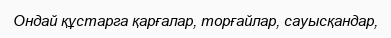
Ондай құстарга қарғалар, торғайлар, сауысқандар,